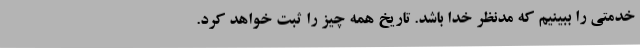
خدمتی را ببینیم که مدنظر خدا باشد. تاریخ همه چیز را ثبت خواهد کرد.